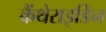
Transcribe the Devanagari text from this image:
कैंथेराइडिन